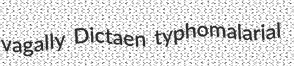
vagally Dictaen typhomalarial